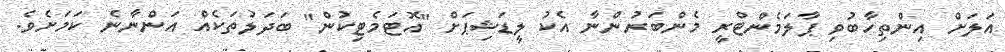
އަލަށް އިންތިހާބުވި ޕާލަމެންޓްރީ މެންބަރުންނާ އެކު ލީޑަޝިޕަށް "އޮޓަމެޓިކުން" ބަދަލުތަކެއް އަންނާނެ ކަމަށެވެ.